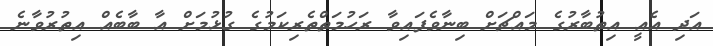
އަދި އެއީ އިތުބާރުގެ މައްޗަށް ބިނާވެފައިވާ ރަހުމަތްތެރިކަމުގެ ގުޅުމަށް އާ ބާބެއް އިތުރުވާނެ